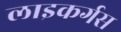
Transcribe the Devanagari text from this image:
लाइकर्गस